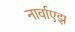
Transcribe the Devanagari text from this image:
नार्वाएझ